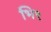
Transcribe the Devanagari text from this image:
भि९